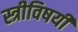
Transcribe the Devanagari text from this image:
स्त्रीविषयी